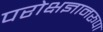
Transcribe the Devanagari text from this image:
परोक्षज्ञानरूपा